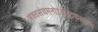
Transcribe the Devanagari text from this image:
भक्तसंघमनोऽभीष्टफलदाय